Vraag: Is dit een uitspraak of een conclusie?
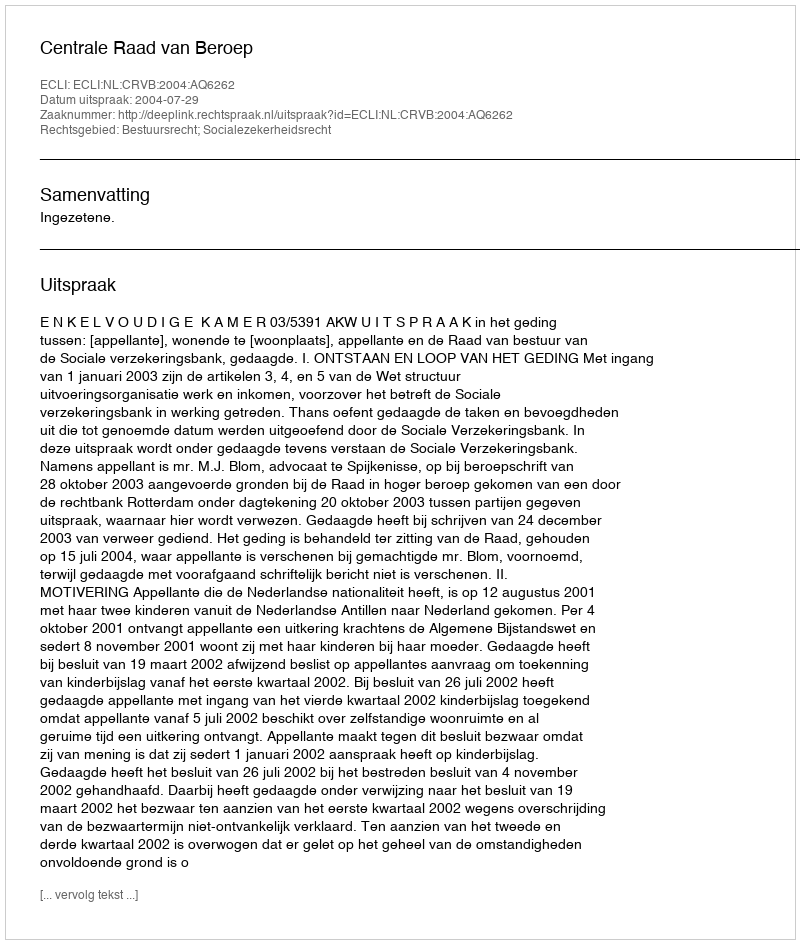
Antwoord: Uitspraak